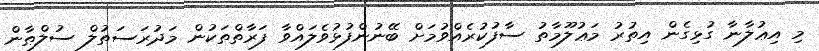
މި އިޢުލާނާ ގުޅިގެން އިތުރު މަޢުލޫމާތު ސާފުކުރެއްވުމަށް ބޭނުންފުޅުވެލައްވާ ފަރާތްތަކުން މަދުރަސަތުލް ސުލްޠާން